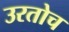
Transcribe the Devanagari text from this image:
उरतोच